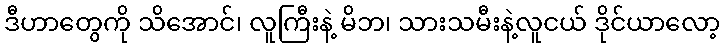
ဒီဟာတွေကို သိအောင်၊ လူကြီးနဲ့ မိဘ၊ သားသမီးနဲ့လူငယ် ဒိုင်ယာလော့